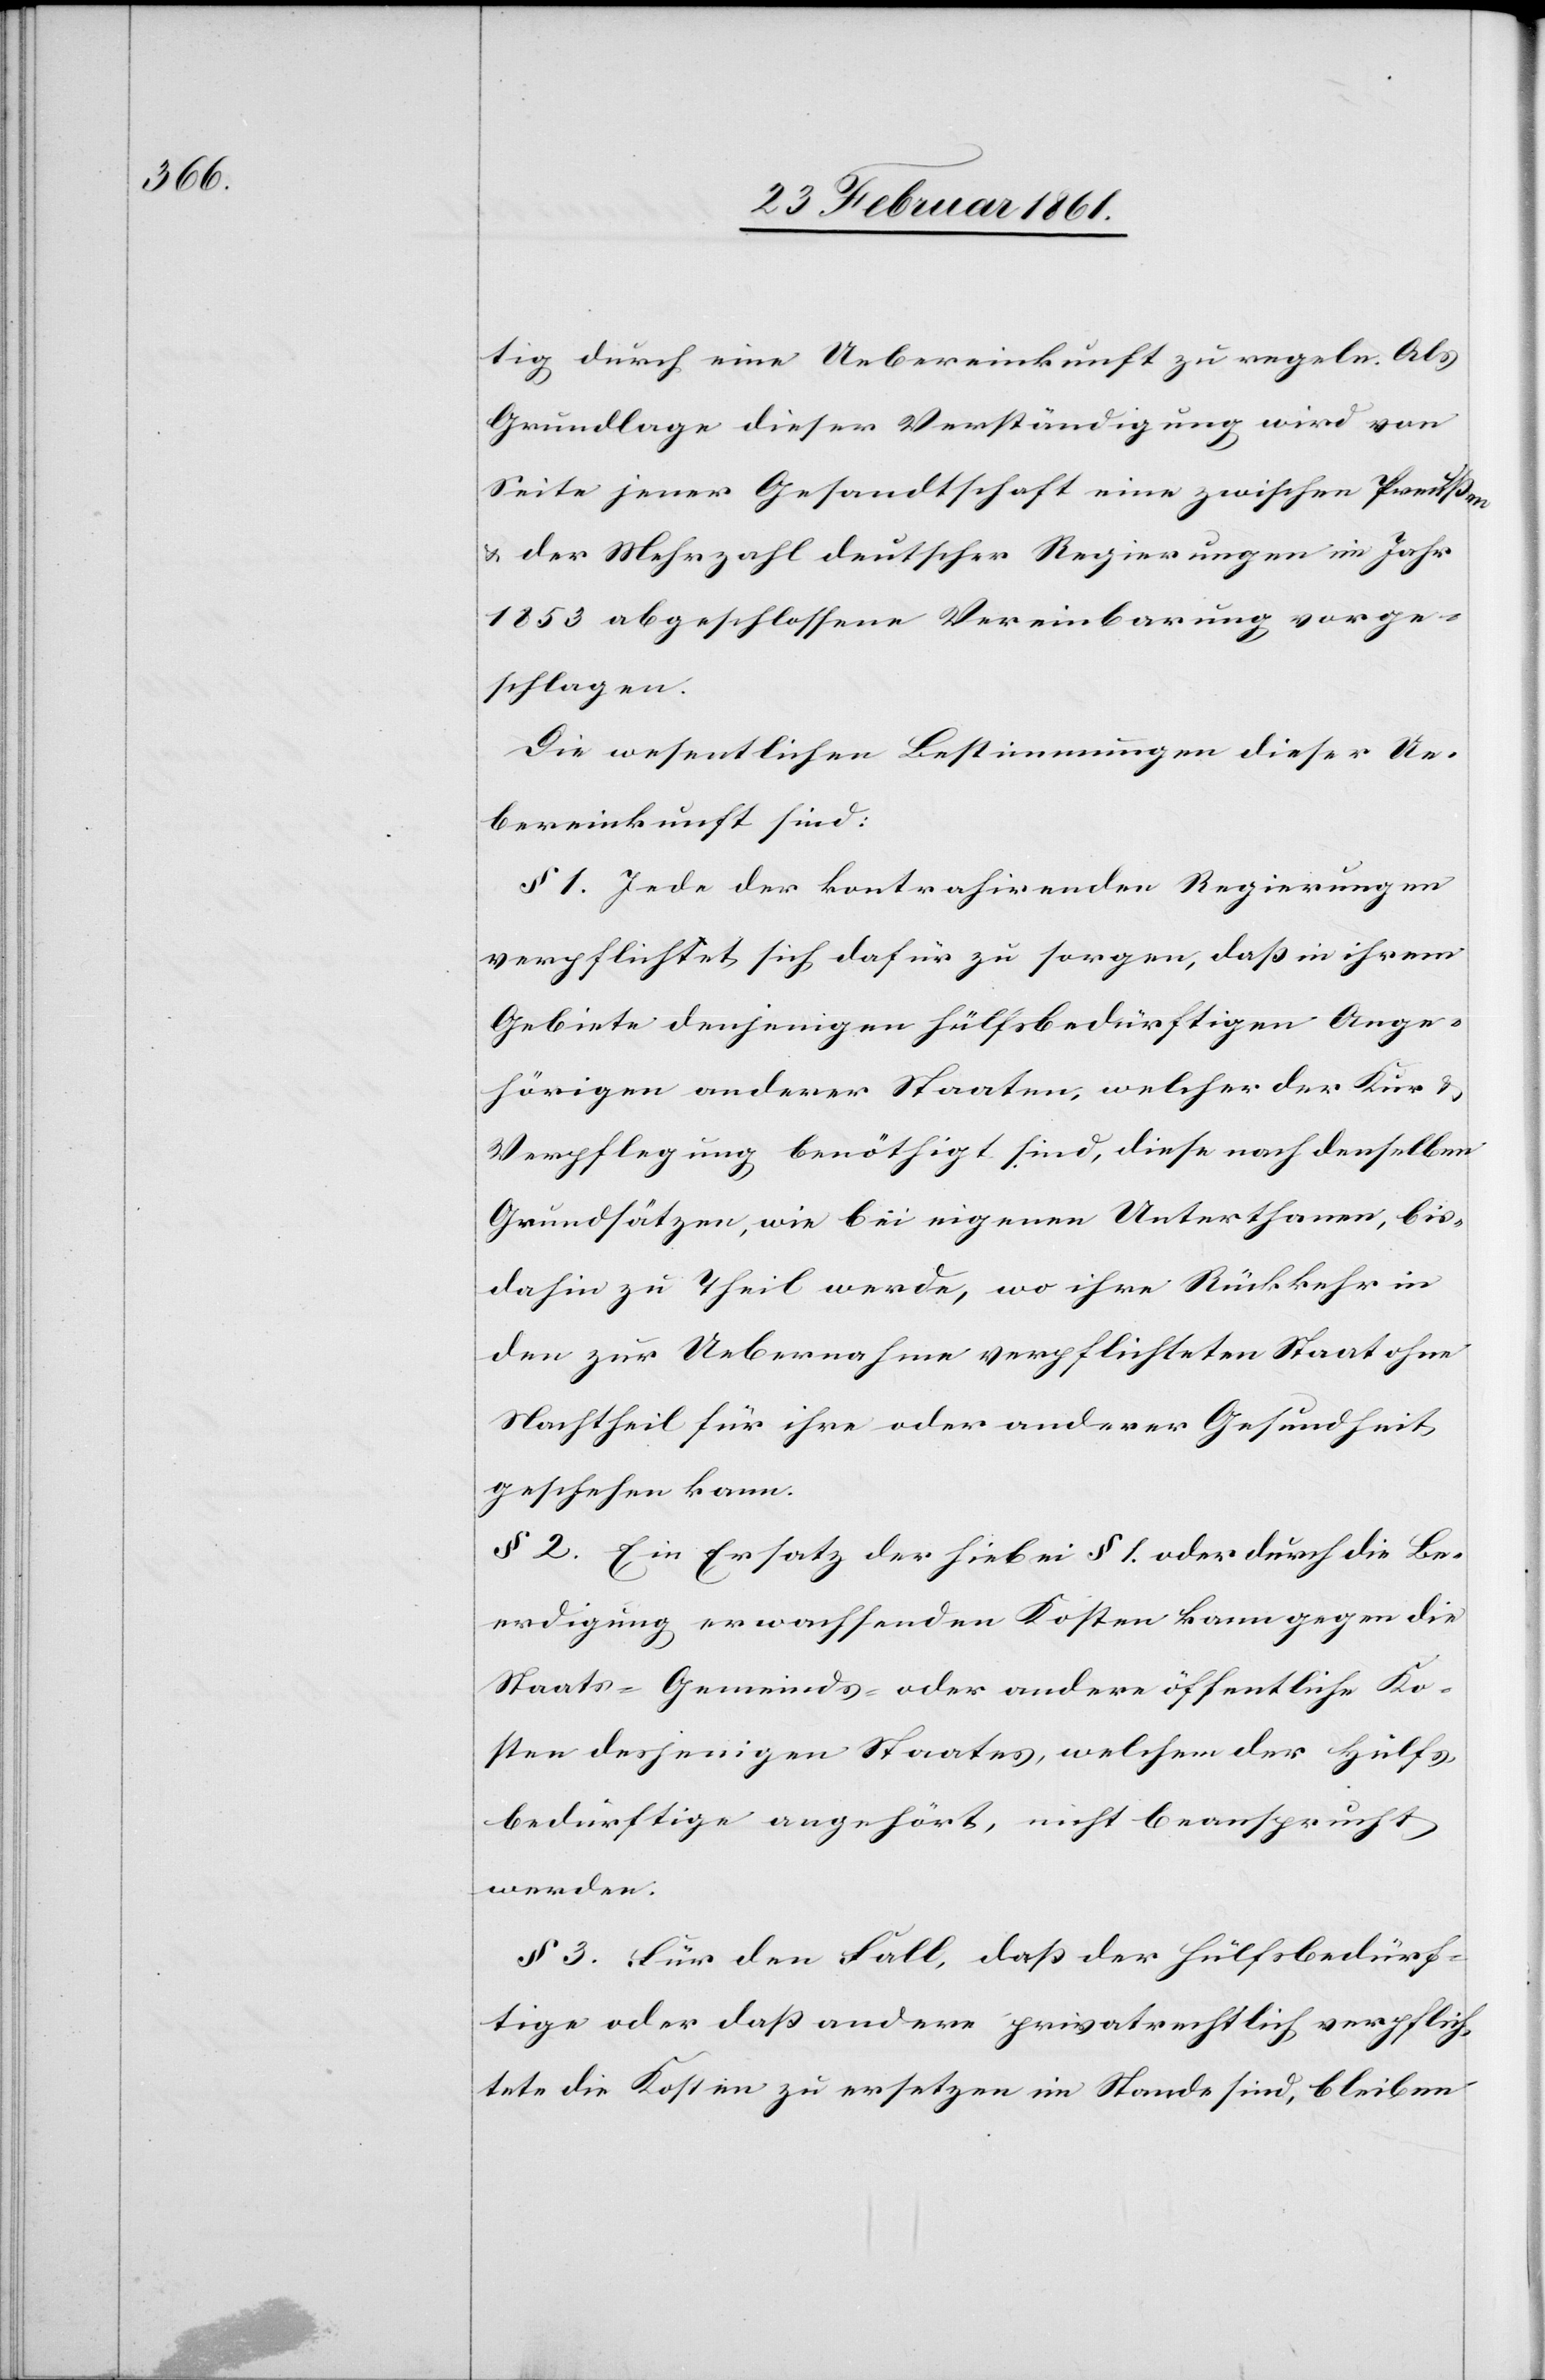
tig durch eine Uebereinkunft zu regeln. Als
Grundlage dieser Verständigung wird von
Seite jener Gesandtschaft eine zwischen Preussen
u. der Mehrzahl deutscher Regierungen im Jahr
1853 abgeschlossene Vereinbarung vorge¬
schlagen.
Die wesentlichen Bestimmungen dieser Ue¬
bereinkunft sind:
§ 1. Jede der kontrahirenden Regierungen
verpflichtet sich, dafür zu sorgen, dass in ihrem
Gebiete denjenigen hülfsbedürftigen Ange¬
hörigen anderer Staaten, welcher der Kur u.
Verpflegung benöthigt sind, diese nach denselben
Grundsätzen, wie bei eigenen Unterthanen, bis¬
dahin zu Theil werde, wo ihre Rückkehr in
den zur Uebernahme verpflichteten Staat ohne
Nachtheil für ihre oder anderer Gesundheit
geschehen kann.
§ 2. Ein Ersatz der hiebei § 1. oder durch die Be¬
erdigung erwachsenden Kosten kann gegen die
Staats-[,] Gemeinds- oder andere öffentliche Ko¬
sten desjenigen Staates, welchem der Hülfs¬
bedürftige angehört, nicht beansprucht
werden.
§. 3. Für den Fall, dass der Hülfsbedürf¬
tige oder dass andere privatrechtlich verpflich¬
tete die Kosten zu ersetzen im Stande sind, bleiben